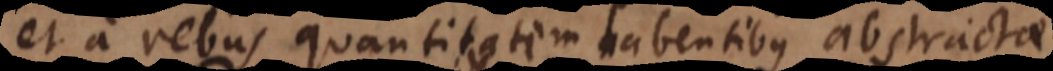
et a rebus quantitatem habentibus abstracta